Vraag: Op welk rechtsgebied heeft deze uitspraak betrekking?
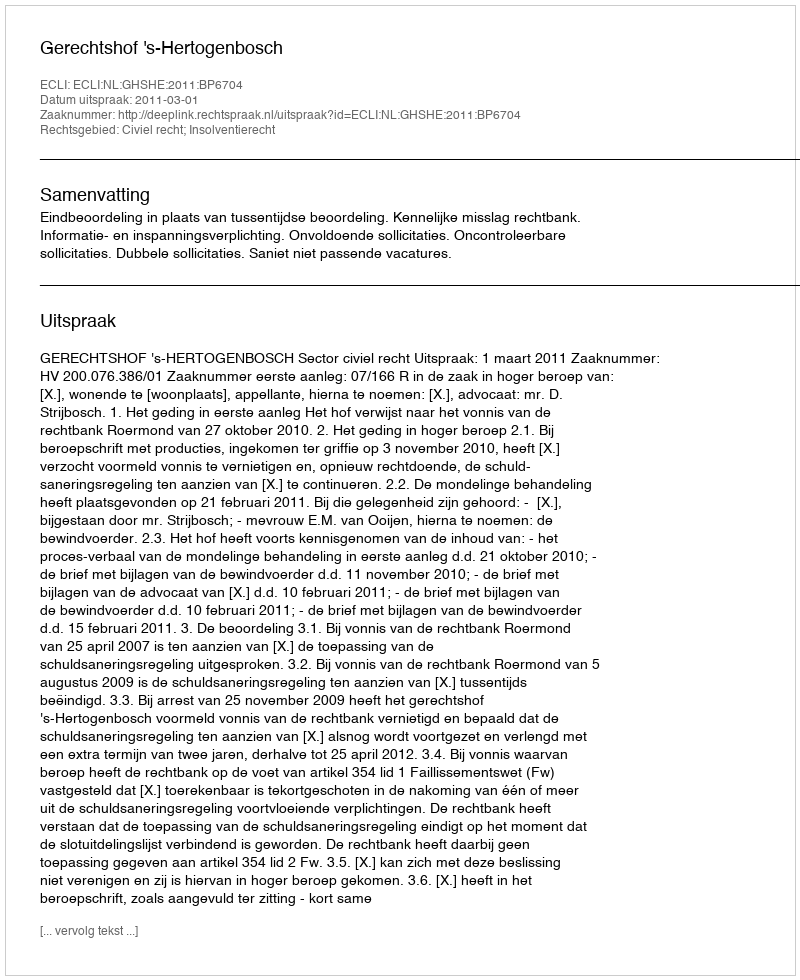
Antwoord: Civiel recht; Insolventierecht